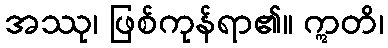
အဿု၊ ဖြစ်ကုန်ရာ၏။ ဣတိ၊